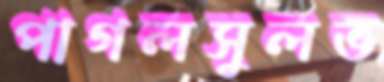
পাগলসুলভ